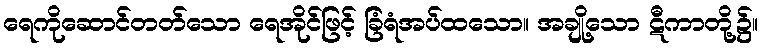
ရေကိုဆောင်တတ်သော ရေအိုင်ဖြင့် ခြံရံအပ်ထသော။ အချို့သော ဋီကာတို့၌။